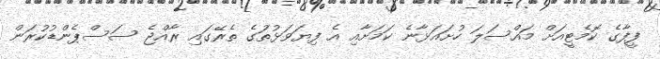
ފީފާގެ ކޮމެޓީއަށް މައްސަލަ ހުށައަޅާނެ ކަމަށާއި އެ ފިޔަވަޅުތަުގެ ތެރޭގައި ރާއްޖެ ސަސްޕެންޑުކުރަން